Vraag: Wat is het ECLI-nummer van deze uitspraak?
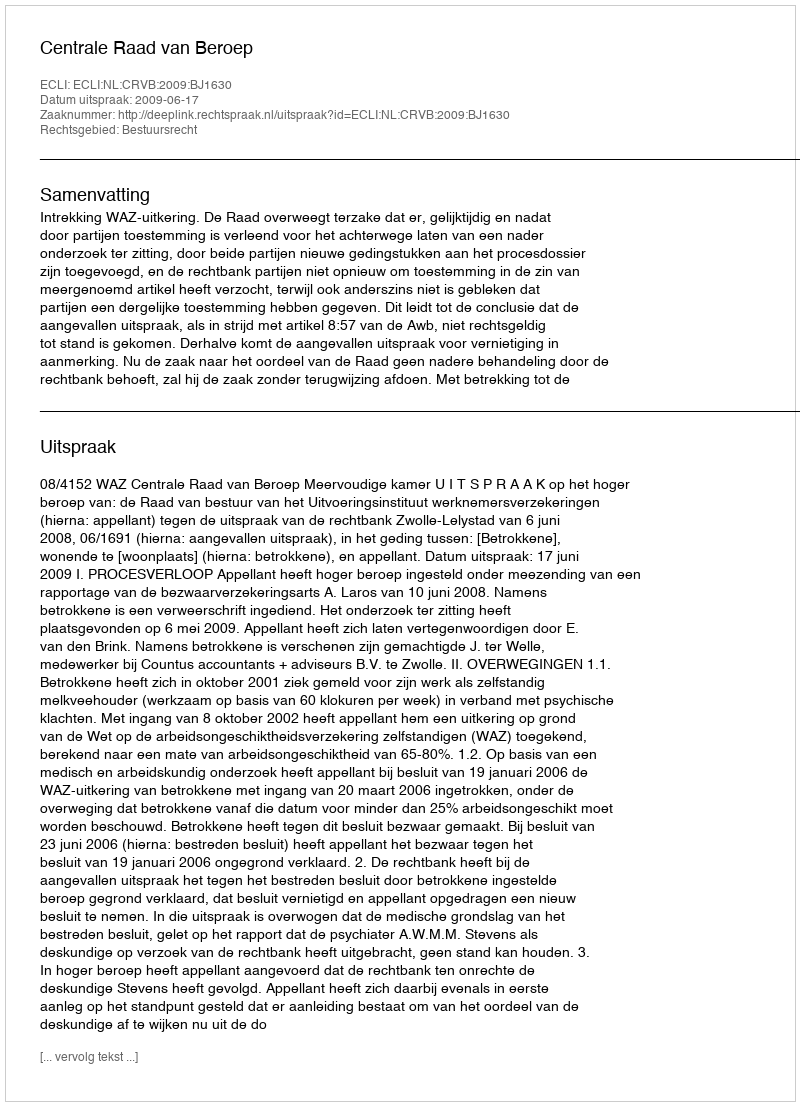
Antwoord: ECLI:NL:CRVB:2009:BJ1630